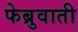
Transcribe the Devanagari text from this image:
फेब्रुवाती